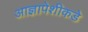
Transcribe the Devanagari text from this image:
आज्ञापेशीकडे